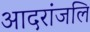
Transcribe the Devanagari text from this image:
आदरांजलि